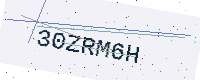
Text: 30ZRM6H